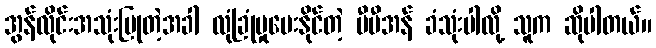
အွန်လိုင်းအသုံးပြုတဲ့အခါ လုံခြုံမှုပေးနိုင်တဲ့ ဗီပီအန် ခံသုံးပါလို့ သူက ဆိုပါတယ်။